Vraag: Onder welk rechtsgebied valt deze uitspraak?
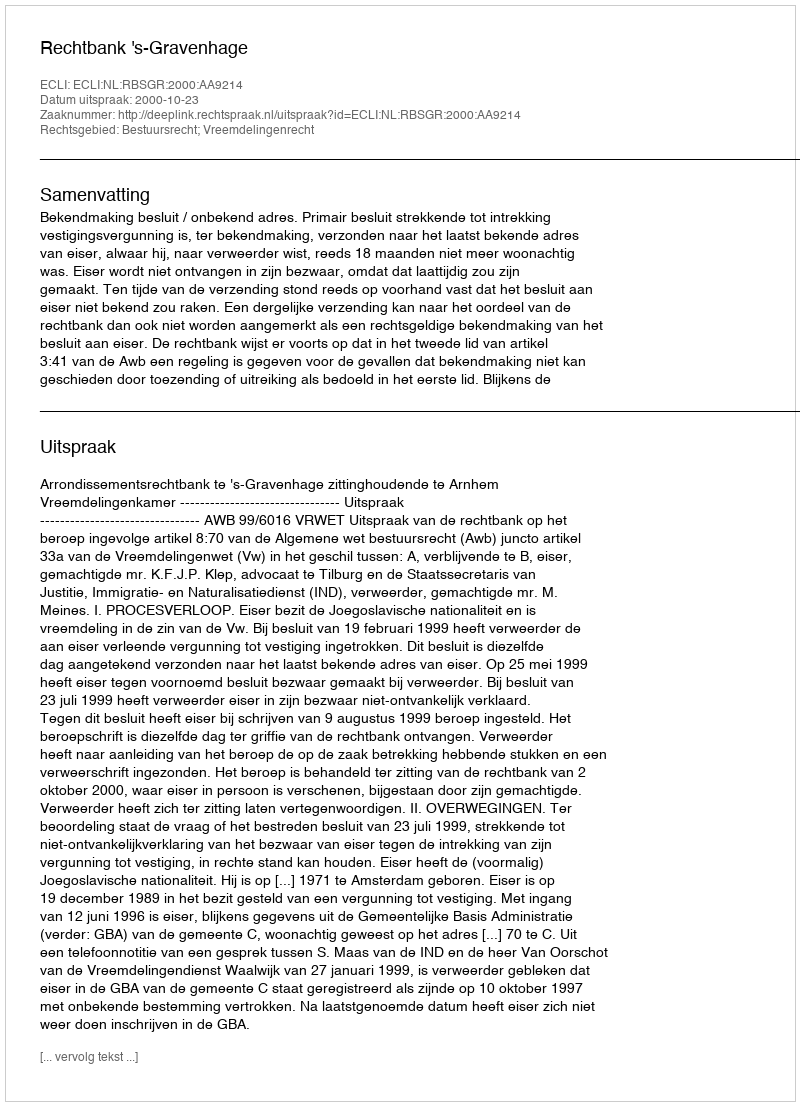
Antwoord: Bestuursrecht; Vreemdelingenrecht